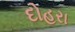
દોહરા